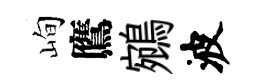
峋鷹鵷波